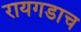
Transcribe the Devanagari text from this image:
रायगडाच